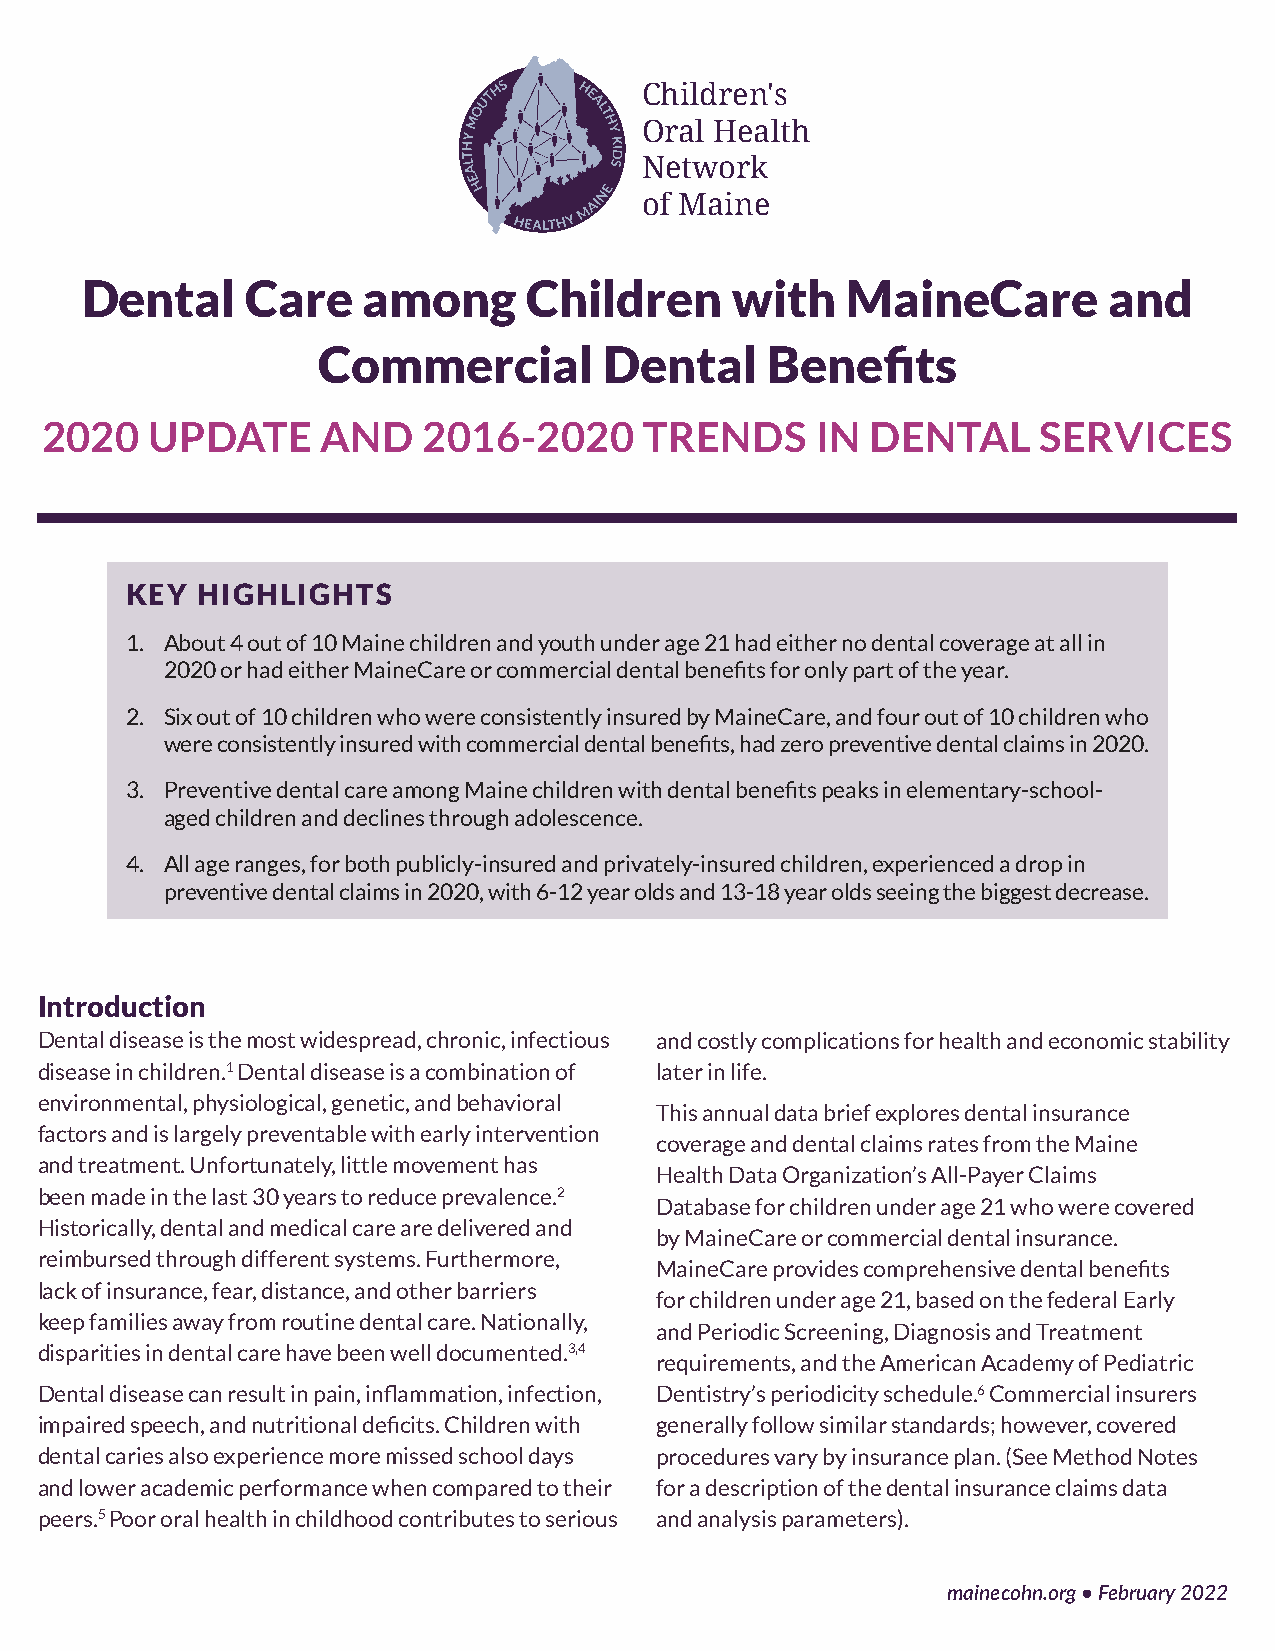
Children's
 Oral Health
 Network
 of Maine�
 Dental     Care    among      Children      with   MaineCare        and
 Commercial         Dental     Benefits
 2020   UPDATE     AND    2016-2020      TRENDS     IN  DENTAL     SERVICES
 KEY  HIGHLIGHTS
 1. About 4 out of 10 Maine children and youth under age 21 had either no dental coverage at all in
 2020 or had either MaineCare or commercial dental benefits for only part of the year.
 2. Six out of 10 children who were consistently insured by MaineCare, and four out of 10 children who
 were consistently insured with commercial dental benefits, had zero preventive dental claims in 2020.
 3. Preventive dental care among Maine children with dental benefits peaks in elementary-school-
 aged children and declines through adolescence.
 4. All age ranges, for both publicly-insured and privately-insured children, experienced a drop in
 preventive dental claims in 2020, with 6-12 year olds and 13-18 year olds seeing the biggest decrease.
 Introduction
 Dental disease is the most widespread, chronic, infectious and costly complications for health and economic stability
 disease in children.1 Dental disease is a combination of later in life.
 environmental, physiological, genetic, and behavioral
 This annual data brief explores dental insurance
 factors and is largely preventable with early intervention
 coverage and dental claims rates from the Maine
 and treatment. Unfortunately, little movement has
 Health Data Organization’s All-Payer Claims
 been made in the last 30 years to reduce prevalence.2
 Database for children under age 21 who were covered
 Historically, dental and medical care are delivered and
 by MaineCare or commercial dental insurance.
 reimbursed through different systems. Furthermore,
 MaineCare provides comprehensive dental benefits
 lack of insurance, fear, distance, and other barriers
 for children under age 21, based on the federal Early
 keep families away from routine dental care. Nationally,
 and Periodic Screening, Diagnosis and Treatment
 disparities in dental care have been well documented.3,4
 requirements, and the American Academy of Pediatric
 Dental disease can result in pain, inflammation, infection, Dentistry’s periodicity schedule.6 Commercial insurers
 impaired speech, and nutritional deficits. Children with generally follow similar standards; however, covered
 dental caries also experience more missed school days procedures vary by insurance plan. (See Method Notes
 and lower academic performance when compared to their for a description of the dental insurance claims data
 peers.5 Poor oral health in childhood contributes to serious and analysis parameters).
 mainecohn.org • February 2022